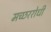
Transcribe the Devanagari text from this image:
मच्छररोधी